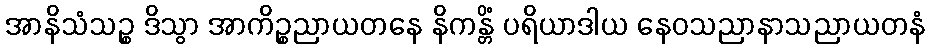
အာနိသံသဉ္စ ဒိသွာ အာကိဉ္စညာယတနေ နိကန္တိံ ပရိယာဒါယ နေဝသညာနာသညာယတနံ